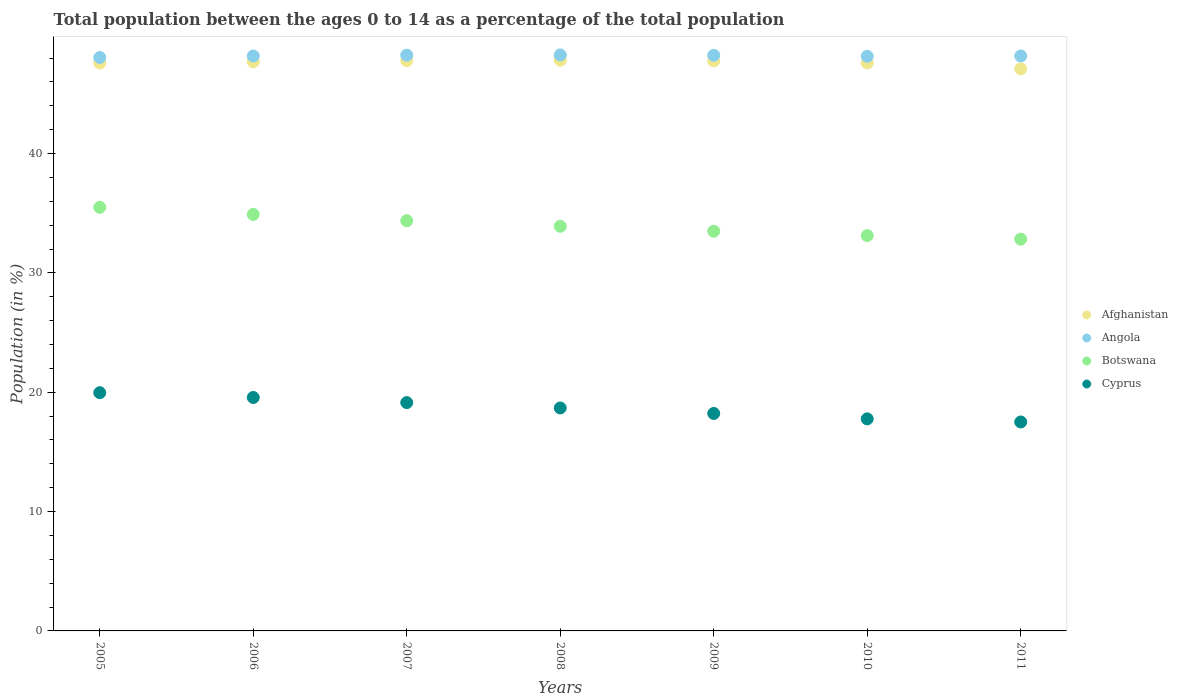
| Years | Afghanistan | Angola | Botswana | Cyprus |
 | --- | --- | --- | --- | --- |
 | 2005 | 47.6 | 48.1 | 35.5 | 20 |
 | 2006 | 47.7 | 48.2 | 34.9 | 19.6 |
 | 2007 | 47.8 | 48.2 | 34.4 | 19.1 |
 | 2008 | 47.8 | 48.3 | 33.9 | 18.7 |
 | 2009 | 47.8 | 48.2 | 33.5 | 18.2 |
 | 2010 | 47.6 | 48.2 | 33.1 | 17.8 |
 | 2011 | 47.1 | 48.2 | 32.8 | 17.5 |